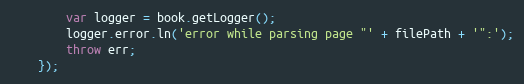
Language: JavaScript
        var logger = book.getLogger();
        logger.error.ln('error while parsing page "' + filePath + '":');
        throw err;
    });